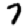
Digit: 7